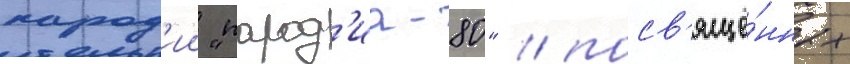
парод'ии "парод'иа-80" / посв'ящё́нных